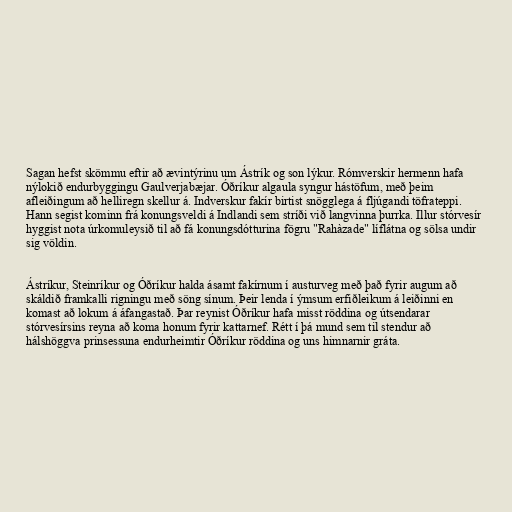
Sagan hefst skömmu eftir að ævintýrinu um Ástrík og son lýkur. Rómverskir hermenn hafa
nýlokið endurbyggingu Gaulverjabæjar. Óðríkur algaula syngur hástöfum, með þeim
afleiðingum að helliregn skellur á. Indverskur fakír birtist snögglega á fljúgandi töfrateppi.
Hann segist kominn frá konungsveldi á Indlandi sem stríði við langvinna þurrka. Illur stórvesír
hyggist nota úrkomuleysið til að fá konungsdótturina fögru "Rahàzade" líflátna og sölsa undir
sig völdin.

Ástríkur, Steinríkur og Óðríkur halda ásamt fakírnum í austurveg með það fyrir augum að
skáldið framkalli rigningu með söng sínum. Þeir lenda í ýmsum erfiðleikum á leiðinni en
komast að lokum á áfangastað. Þar reynist Óðríkur hafa misst röddina og útsendarar
stórvesírsins reyna að koma honum fyrir kattarnef. Rétt í þá mund sem til stendur að
hálshöggva prinsessuna endurheimtir Óðríkur röddina og uns himnarnir gráta.